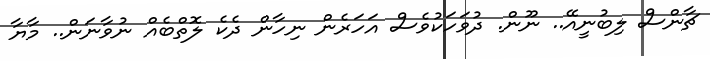
ޗާންސް ލިބުނީއޭ.. ނޫން. ދުވަހަކުވެސް އަހަރެން ނިހާން ދެކެ ލޮތްބެއް ނުވާނަން.. މާޔާ